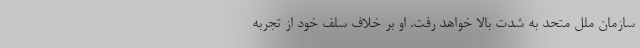
سازمان ملل متحد به شدت بالا خواهد رفت. او بر خلاف سلف خود از تجربه